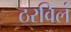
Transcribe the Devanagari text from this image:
ठरविलं